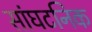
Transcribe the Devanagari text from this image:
सांघटनिक